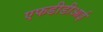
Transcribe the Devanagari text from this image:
एफडीडीआई